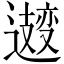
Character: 𫑆